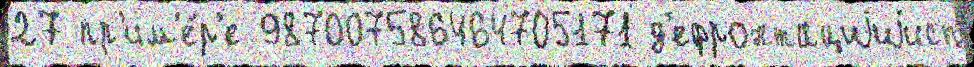
27 пр'им'е́р'е 987007586464705171 д'ефронтациjиjисп